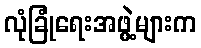
လုံခြုံရေးအဖွဲ့များက